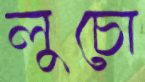
লুচো